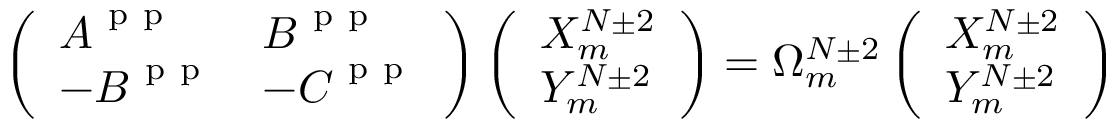
\left( \begin{array} { l l } { \boldsymbol { A } ^ { \mathrm { ~ p ~ p ~ } } } & { \boldsymbol { B } ^ { \mathrm { ~ p ~ p ~ } } } \\ { - \boldsymbol { B } ^ { \mathrm { ~ p ~ p ~ } } } & { - \boldsymbol { C } ^ { \mathrm { ~ p ~ p ~ } } } \end{array} \right) \left( \begin{array} { l } { X _ { m } ^ { N \pm 2 } } \\ { Y _ { m } ^ { N \pm 2 } } \end{array} \right) = \Omega _ { m } ^ { N \pm 2 } \left( \begin{array} { l } { X _ { m } ^ { N \pm 2 } } \\ { Y _ { m } ^ { N \pm 2 } } \end{array} \right)